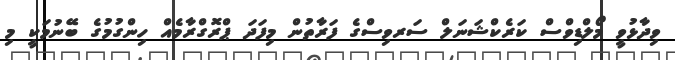
ވިދާޅުވީ މޯލްޑިވްސް ކަރެކްޝަނަލް ސަރވިސްގެ ފަރާތުން މިފަދަ ޕްރޮގްރާމެއް ހިންގުމުގެ ބޭނުމަކީ މި